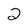
Character: 2